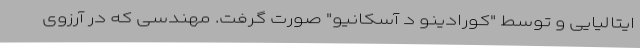
ایتالیایی و توسط "کورادینو د آسکانیو" صورت گرفت. مهندسی که در آرزوی